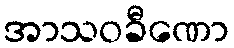
အာသဝခီဏော